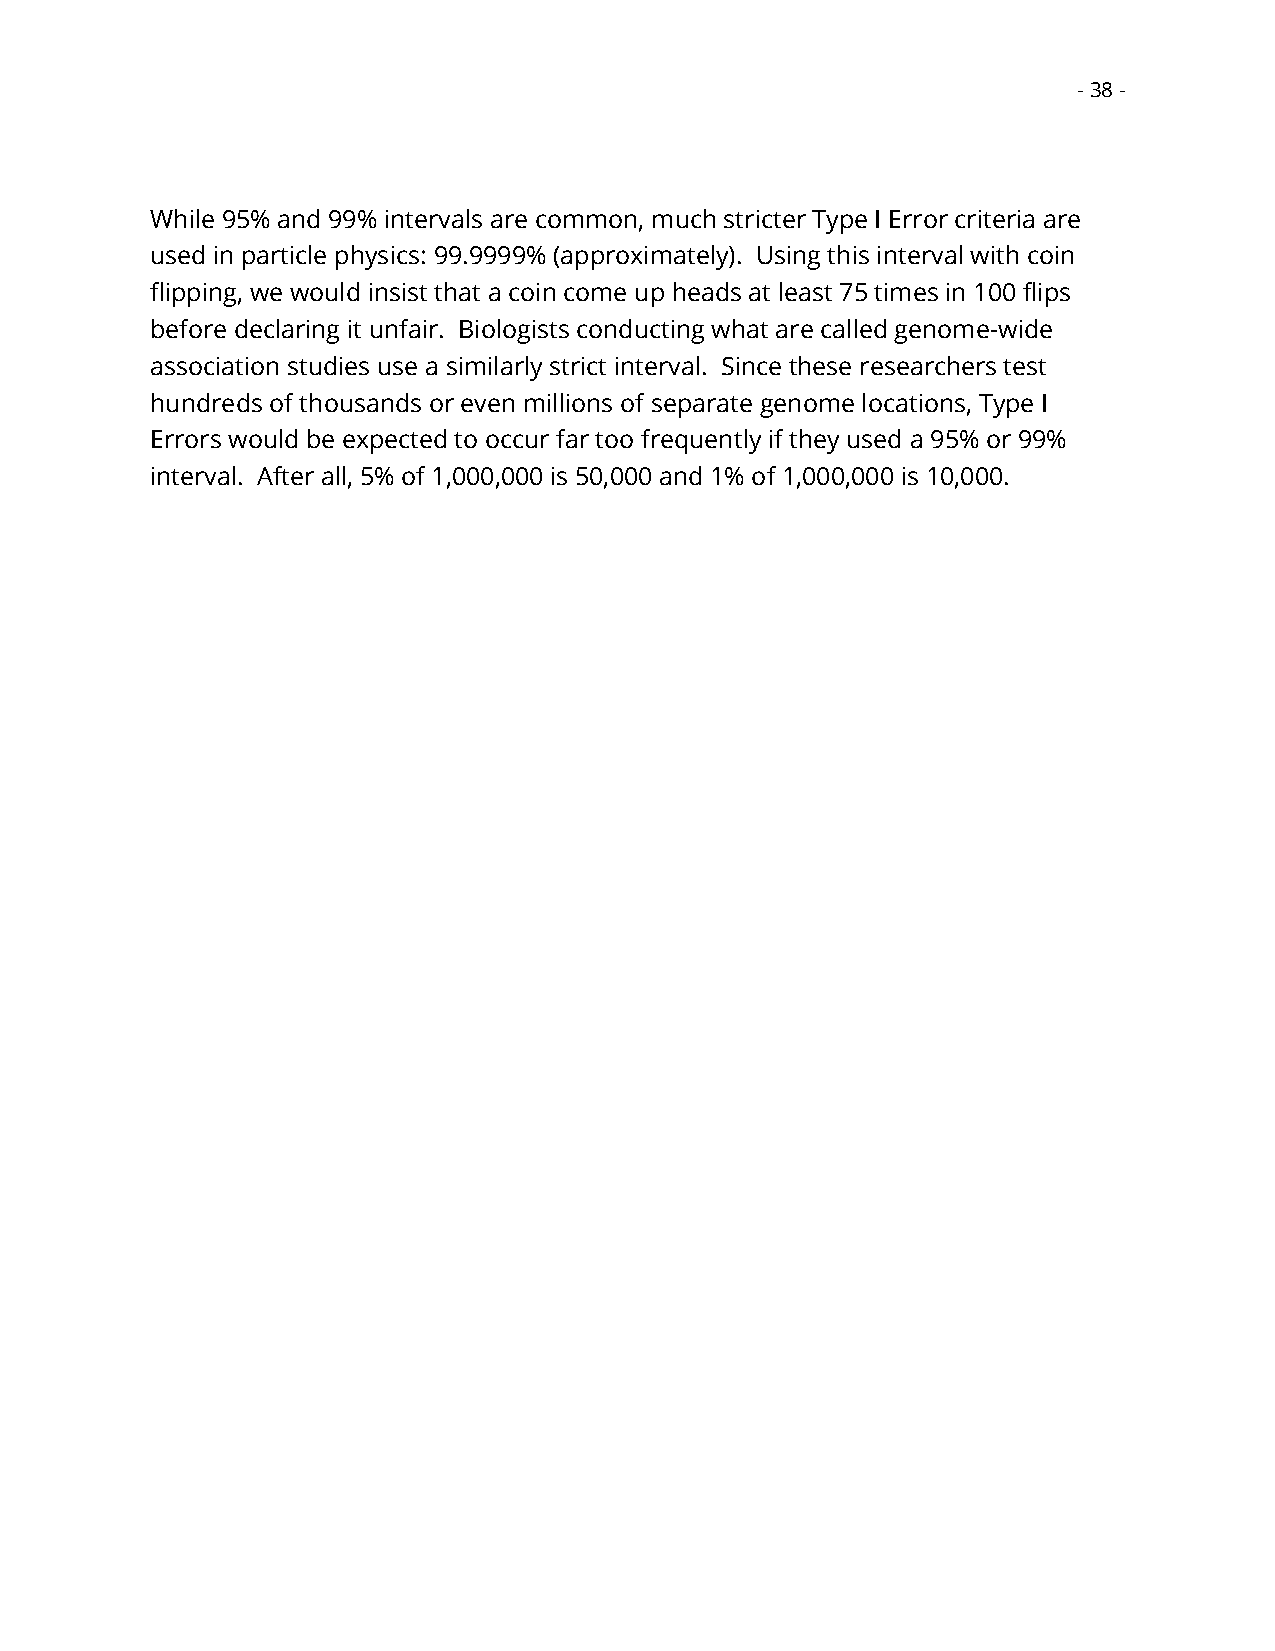
- 38 -
 While 95% and 99% intervals are common, much stricter Type I Error criteria are
 used in particle physics: 99.9999% (approximately). Using this interval with coin
 flipping, we would insist that a coin come up heads at least 75 times in 100 flips
 before declaring it unfair. Biologists conducting what are called genome-wide
 association studies use a similarly strict interval. Since these researchers test
 hundreds of thousands or even millions of separate genome locations, Type I
 Errors would be expected to occur far too frequently if they used a 95% or 99%
 interval. After all, 5% of 1,000,000 is 50,000 and 1% of 1,000,000 is 10,000.